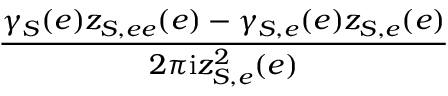
\frac { \gamma _ { S } ( e ) z _ { S , e e } ( e ) - \gamma _ { S , e } ( e ) z _ { S , e } ( e ) } { 2 \pi \mathrm { i } z _ { S , e } ^ { 2 } ( e ) }